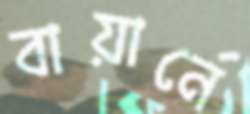
বায়ার্নে